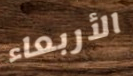
الأربعاء